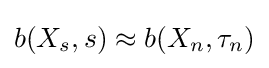
b(X_{s},s)\approx b(X_{n},\tau _{n})